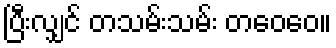
ပြီးလျှင် တသမ်းသမ်း တဝေဝေ။